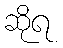
ဆိုရ